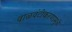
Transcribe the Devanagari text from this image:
वाळवंटीकरणामुळे